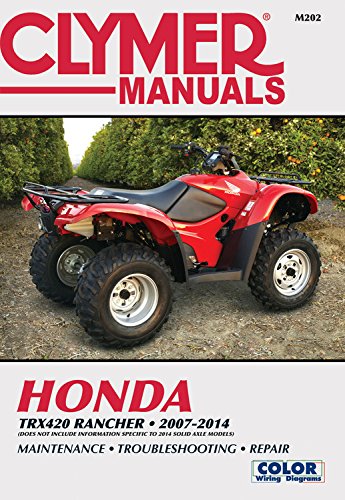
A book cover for Honda TRX420 Rancher 2007-2014: Does not include information specific to 2014 solid axle models (Clymer Motorcycle); Editors of Haynes Manuals; Arts & Photography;